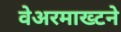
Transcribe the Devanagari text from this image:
वेअरमाख्टने